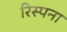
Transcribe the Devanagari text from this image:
रिस्पना